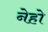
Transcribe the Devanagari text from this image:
नेहो